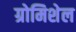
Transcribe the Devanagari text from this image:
ग्रोमिशेल